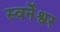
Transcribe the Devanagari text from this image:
स्वर्नेश्वर